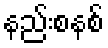
နည်းစနစ်